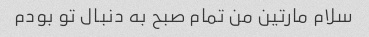
سلام مارتین من تمام صبح به دنبال تو بودم